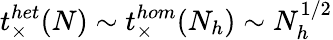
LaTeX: t_{\times}^{het}(N)\sim t_{\times}^{hom}(N_{h})\sim N_{h}^{1/2}